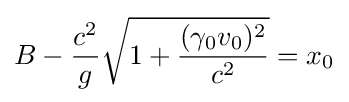
B-{\frac {c^{2}}{g}}{\sqrt {1+{\frac {(\gamma _{0}v_{0})^{2}}{c^{2}}}}}=x_{0}